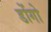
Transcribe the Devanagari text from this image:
डोंगो